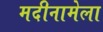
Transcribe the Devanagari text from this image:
मदीनामेला